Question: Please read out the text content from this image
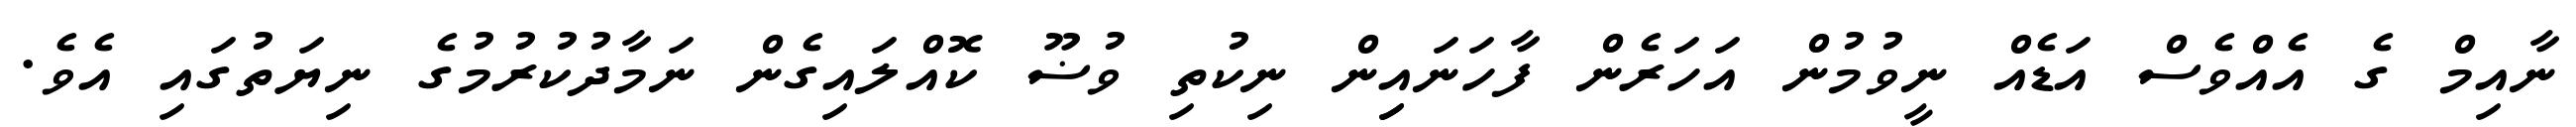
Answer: ނާއިމް ގެ އެއްވެސް އަޑެއް ނީވުމުން އަހަރެން ފާހަނައިިން ނިކުތި ވުޟޫ ކޮއްލައިގެން ނަމާދުކުރުމުގެ ނިޔަތުގައި އެވެ.